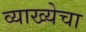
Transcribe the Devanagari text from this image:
व्याख्येचा